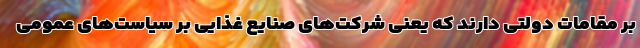
بر مقامات دولتی دارند که یعنی شرکت‌های صنایع غذایی بر سیاست‌های عمومی